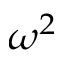
\omega ^ { 2 }